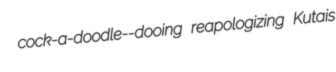
cock-a-doodle--dooing reapologizing Kutais